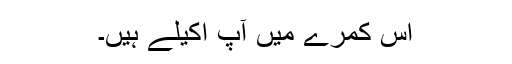
اس کمرے میں آپ اکیلے ہیں۔